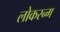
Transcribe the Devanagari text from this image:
लोकरन्ग